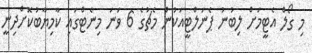
މި ގޯލް އެޓީމަށް ލިބުނު ޕެނަލްޓީއަކުން މެޗުގެ 6 ވަނަ މިނެޓްގައި ކާމިޔާބުކޮށްދިނީ